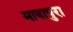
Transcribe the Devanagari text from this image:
मावापुरा